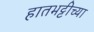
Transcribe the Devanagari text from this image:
हातभट्टीच्या